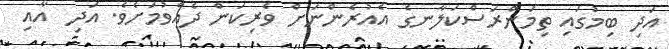
އަދި ބިމުގައި ތިމަންރަސްކަލާނގެ އެއުރެންނަށް ވެރިކަން ދެއްވުމަށެވެ. އަދި  އާއި